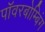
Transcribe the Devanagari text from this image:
पॉवरबोम्बिंग